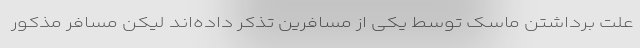
علت برداشتن ماسک توسط یکی از مسافرین تذکر داده‌اند لیکن مسافر مذکور